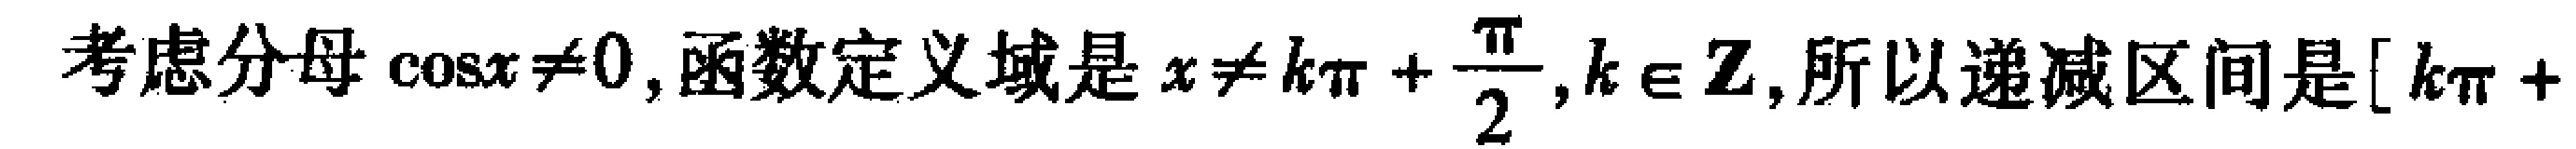
考虑分母\(\cos x\neq0\),函数定义域是\(x\neq k\pi+\frac{\pi}{2},k\in \mathbf{Z}\),所以递减区间是\([k\pi +\)